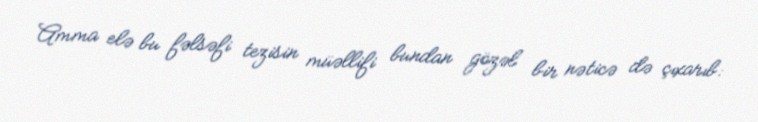
Amma elə bu fəlsəfi tezisin müəllifi bundan gözəl bir nəticə də çıxarıb: